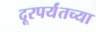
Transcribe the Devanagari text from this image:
दूरपर्यंतच्या